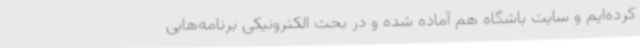
کرده‌ایم و سایت باشگاه هم آماده شده و در بحث الکترونیکی برنامه‌هایی